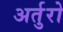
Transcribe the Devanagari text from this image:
अर्तुरो